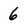
Character: 6